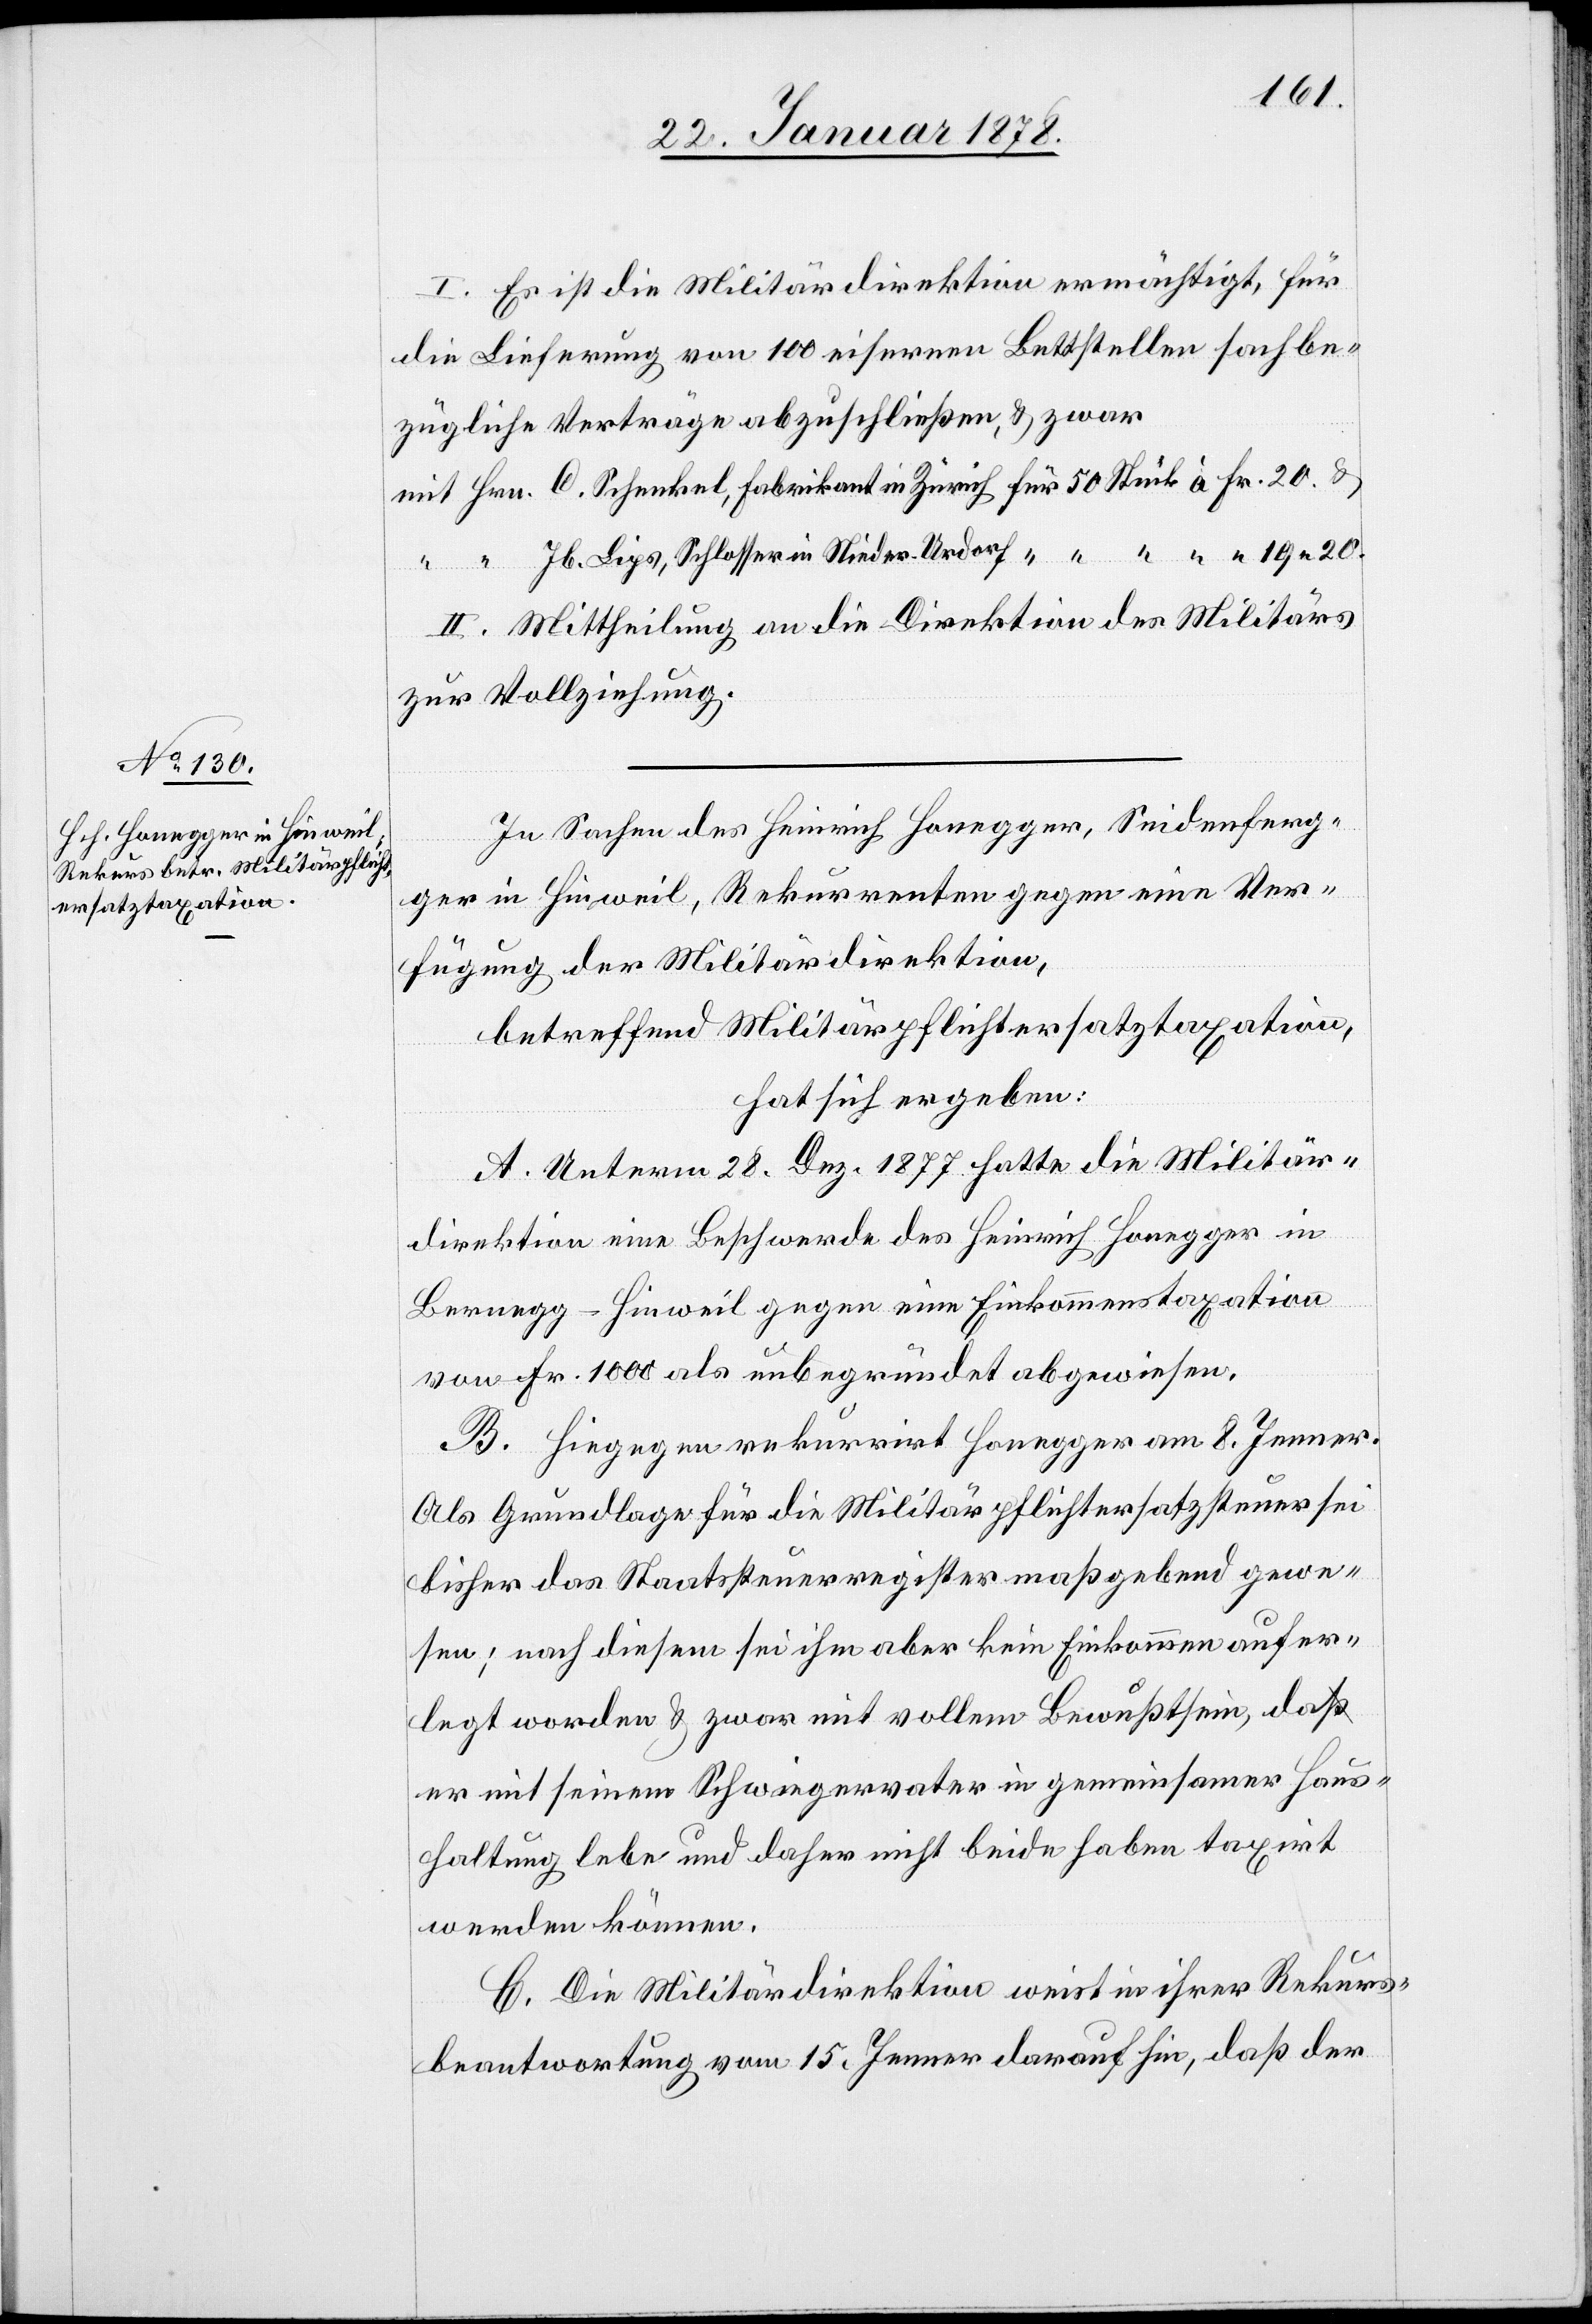
I. Es ist die Militärdirektion ermächtigt, für
die Lieferung von 100 eisernen Bettstellen sachbe¬
zügliche Verträge abzuschließen & zwar
mit Hrn. C. Schenkel, Fabrikant in Zürich für 50 Stück à Fr. 20 &
“ “ Jb. Lips, Schlosser in Nieder-Urdorf für “ “ “ “ 19.20.
II. Mittheilung an die Direktion des Militärs
zur Vollziehung.
In Sachen des Heinrich Honegger, Seidenferg¬
ger in Hinweil, Rekurrenten gegen eine Ver¬
fügung der Militärdirektion,
betreffend Militärpflichtersatztaxation,
hat sich ergeben:
A. Unterm 28. Dez. 1877 hatte die Militär¬
direktion eine Beschwerde des Heinrich Honegger in
Bernegg - Hinweil gegen eine Einkommenstaxation
von Fr. 1000 als unbegründet abgewiesen.
B. Hiegegen rekurrirt Honegger am 8. Jenner.
Als Grundlage für die Militärpflichtersatzsteuer sei
bisher das Staatsteuerregister maßgebend gewe¬
sen; nach diesem sei ihm aber kein Einkommen aufer¬
legt worden & zwar mit vollem Bewusstsein, da
er mit seinem Schwiegervater in gemeinsamer Haus¬
haltung lebe und daher nicht beide haben taxirt
werden können.
C. Die Militärdirektion weist in ihrer Rekurs¬
beantwortung vom 15. Jenner darauf hin, daß der